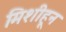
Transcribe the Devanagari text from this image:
मिशीहून